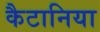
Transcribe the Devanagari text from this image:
कैटानिया